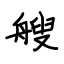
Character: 艘